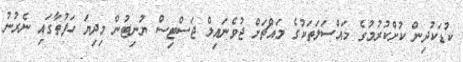
ކުޑަކުދިން ކުށްކުރުމުގެ މައްސަލަތަކުގެ މައްޗަށް ޖުވެނައިލް ޖަސްޓިސް ޔުނިޓުން މިދިޔަ ހަފުތާގައި ނެރުނު